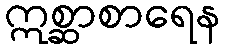
ဣစ္ဆာစာရေန